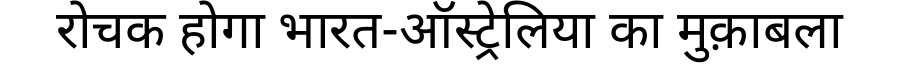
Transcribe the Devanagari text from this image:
रोचक होगा भारत-ऑस्ट्रेलिया का मुक़ाबला